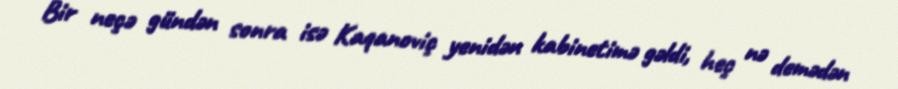
Bir neçə gündən sonra isə Kaqanoviç yenidən kabinetimə gəldi, heç nə demədən